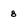
Character: 8